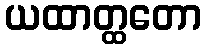
ယထာတ္ထတော